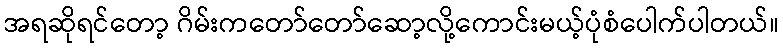
အရဆိုရင်တော့ ဂိမ်းကတော်တော်ဆော့လို့ကောင်းမယ့်ပုံစံပေါက်ပါတယ်။